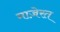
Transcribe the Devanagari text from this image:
माज़ेरत